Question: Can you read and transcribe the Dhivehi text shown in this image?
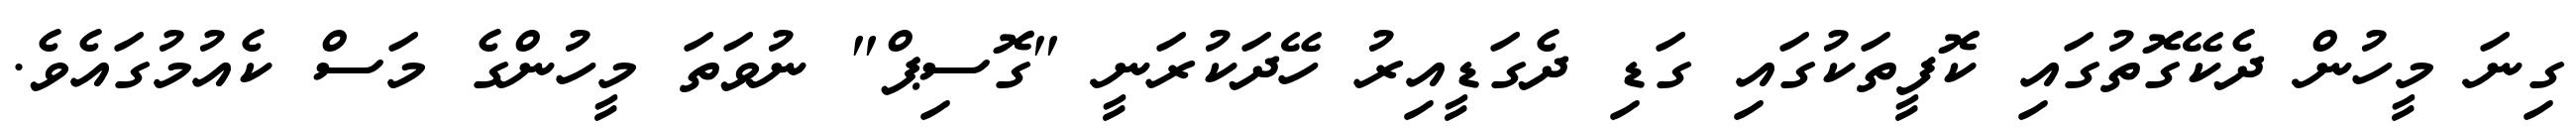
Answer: ގިނަ މީހުން ދެކޭގޮތުގައި ކޮފީތަކުގައި ގަޑި ދެގަޑީއިރު ހޭދަކުރަނީ "ގޮސިޕް" ނުވަތަ މީހުންގެ މަސް ކެއުމުގައެވެ.